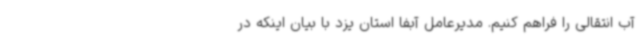
آب انتقالی را فراهم کنیم. مدیرعامل آبفا استان یزد با بیان اینکه در